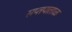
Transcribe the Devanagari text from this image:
सप्तपाताळ